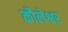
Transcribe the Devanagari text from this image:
कौलेश्वर